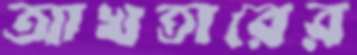
আখতারের